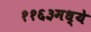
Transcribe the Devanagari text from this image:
११६३मध्ये